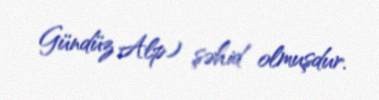
Gündüz Alp) şəhid olmuşdur.